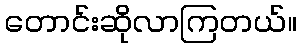
တောင်းဆိုလာကြတယ်။